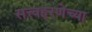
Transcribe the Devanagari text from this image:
सत्त्वहरणेच्या